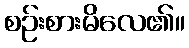
စဉ်းစားမိလေ၏။